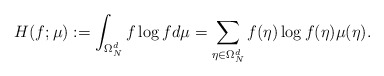
\begin{align*} H(f;\mu) := \int_{\Omega_N^d} f \log f d \mu = \sum_{\eta\in\Omega_N^d} f(\eta)\log f(\eta)\mu(\eta).\end{align*}